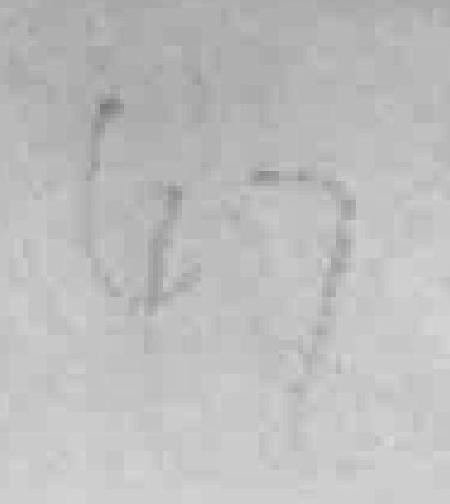
47